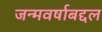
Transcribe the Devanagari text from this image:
जन्मवर्षाबद्दल